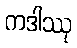
ကဒါဿု